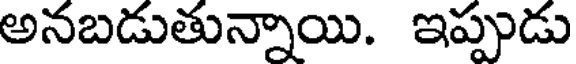
అనబడుతున్నాయి. ఇప్పుడు